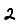
Digit: 2